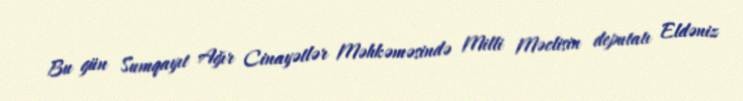
Bu gün Sumqayıt Ağır Cinayətlər Məhkəməsində Milli Məclisin deputatı Eldəniz